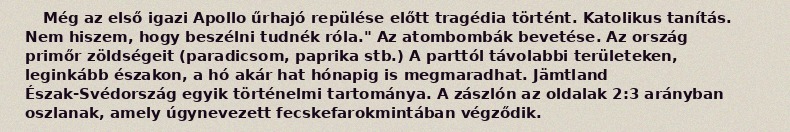
Még az első igazi Apollo űrhajó repülése előtt tragédia történt. Katolikus tanítás. Nem hiszem, hogy beszélni tudnék róla." Az atombombák bevetése. Az ország primőr zöldségeit (paradicsom, paprika stb.) A parttól távolabbi területeken, leginkább északon, a hó akár hat hónapig is megmaradhat. Jämtland Észak-Svédország egyik történelmi tartománya. A zászlón az oldalak 2:3 arányban oszlanak, amely úgynevezett fecskefarokmintában végződik.